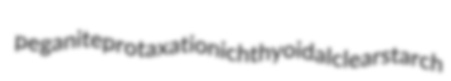
peganite protaxation ichthyoidal clearstarch